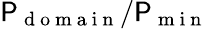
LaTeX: \mathsf{P}_{\mathrm{{~d~o~m~a~i~n~}}}/\mathsf{P}_{\mathrm{{~m~i~n~}}}